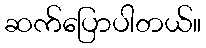
ဆက်ပြောပါတယ်။